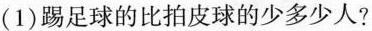
（1）踢足球的比拍皮球的少多少人？